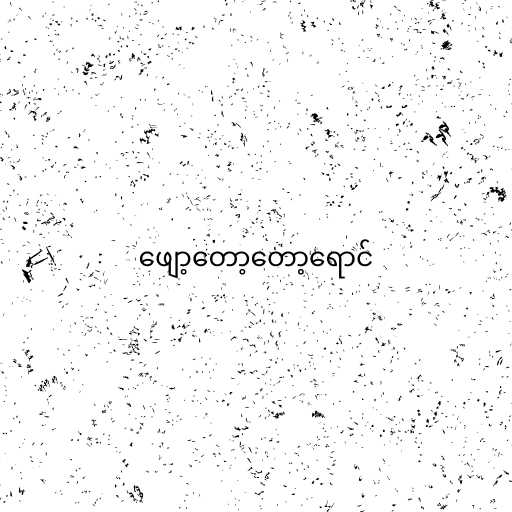
ဖျော့တော့တော့ရောင်